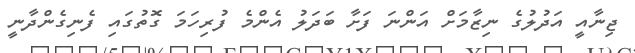
ޖިނާއީ އަދުލުގެ ނިޒާމަށް އަންނަ ފަށާ ބަދަލު އެންމެ ފުރިހަމަ ގޮތުގައި ފެނިގެންދާނީ